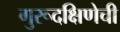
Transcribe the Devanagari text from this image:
गुरूदक्षिणेची